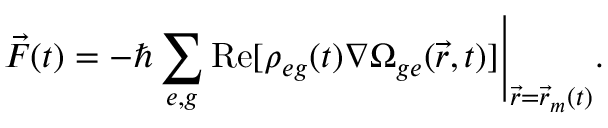
\vec { F } ( t ) = - \hbar \sum _ { e , g } \mathrm { R e } [ \rho _ { e g } ( t ) \nabla \Omega _ { g e } ( \vec { r } , t ) ] \Bigg \rvert _ { \vec { r } = \vec { r } _ { m } ( t ) } .